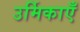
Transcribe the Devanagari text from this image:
उर्मिकाएँ